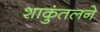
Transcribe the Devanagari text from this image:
शाकुंतलने